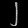
Digit: ၂